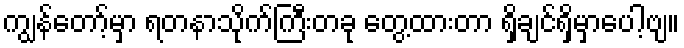
ကျွန်တော့်မှာ ရတနာသိုက်ကြီးတခု တွေ့ထားတာ ရှိချင်ရှိမှာပေါ့ဗျ။